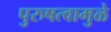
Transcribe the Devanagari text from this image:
पुरुषत्वामुळे